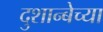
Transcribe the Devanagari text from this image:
दुशान्बेच्या